Report on sanitation, dispensaries, and jails in Rajputana for 1913, and on vaccination for the year 1913-1914 - 1913-1914
Year: 1913
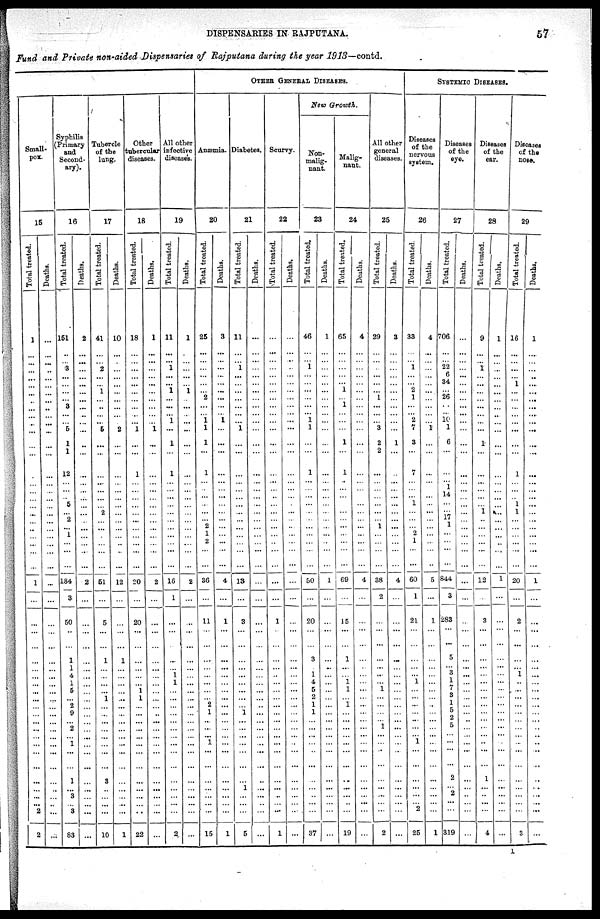
DISPENSARIES IN RAJPUTANA.
57
Fund and Private non-aided Dispensaries of Rajputana during the year 1913—contd.
Small¬
pox
15
Total treated.
1
...
...
...
... ...
...
...
...
...
...
...
...
...
...
... ...
...
...
...
...
...
...
...
...
...
1
...
...
...
...
...
...
...
...
...
...
...
...
...
...
...
...
...
...
...
...
...
...
2
2
Deaths.
...
...
...
..
... ...
...
...
...
...
...
...
...
...
...
... ...
...
...
...
...
...
...
...
...
...
...
...
...
...
...
...
...
...
...
...
...
...
...
...
...
...
...
...
...
...
...
...
...
...
...
Syphilis
(Primary
and
Second-
ary).
16
Total treated.
151
...
... 3
... ...
...
...
3
...
...
5
1
1
12
... ...
...
5
...
2
...
1
...
...
...
184
3
50
...
...
1
1
4
1
5
...
2
9
...
2
...
1
...
...
1
...
3
...
3
83
Deaths.
2
...
...
...
... ...
...
...
...
...
...
...
...
...
...
... ...
...
...
...
...
...
...
...
...
...
2
...
...
...
...
...
...
...
...
...
...
...
...
...
...
...
...
...
...
...
...
...
...
...
...
Tubercle
of the
lung.
17
Total treated.
41
...
... 2
... ... 1
...
...
...
...
5
...
...
...
... ...
...
...
2
...
...
...
...
...
...
51
...
5
...
...
1
...
...
...
...
1
...
...
...
...
...
...
...
...
3
...
...
...
...
10
Deaths.
10
...
...
...
... ...
...
...
...
...
...
2
...
...
...
... ...
...
...
...
...
...
...
...
...
...
12
...
...
...
...
1
...
...
...
...
...
...
...
...
...
... ...
...
...
...
...
...
...
...
1
Other
tubercular
diseases.
18
Total treated.
18
...
...
...
... ...
...
...
...
...
...
1
...
...
1
... ...
...
...
...
...
...
...
...
...
...
20
...
20
...
...
...
...
...
... 1
1
...
...
...
...
...
...
...
...
...
...
...
...
...
22
Deaths.
1
...
...
...
... ...
...
...
...
...
...
1
...
...
...
... ...
...
...
...
...
...
...
...
...
...
2
...
...
...
...
...
...
...
...
...
...
...
...
...
...
...
...
...
...
...
...
...
...
...
...
All other
infective
diseases.
19
Total treated.
11
...
... 1
... ...
1
...
...
... 1
...
1
...
1
... ...
...
...
...
...
...
...
...
...
...
16
1
...
...
...
...
... 1
1
...
...
...
...
...
...
... ...
...
...
...
...
...
...
...
2
Deaths.
1
...
...
...
... ... 1
...
...
...
...
...
...
...
...
... ...
...
...
...
...
...
...
...
...
...
2
...
...
...
...
...
...
...
...
...
...
...
...
...
...
... ...
...
...
...
...
...
...
...
...
OTHER GENERAL DISEASES
Anæmia.
20
Total treated.
25
...
...
...
... ...
... 2
...
... 1
1
1
...
1
... ...
...
...
...
...
2
1
2
...
...
36
...
11
...
...
...
...
...
...
...
...
2
1
...
...
... 1
...
...
...
...
...
...
...
15
Deaths.
3
...
...
...
... ...
...
...
...
... 1
...
...
...
...
... ...
...
...
...
...
...
...
...
...
...
4
...
1
...
...
...
...
...
...
...
...
...
...
...
...
... ...
...
...
...
...
...
...
...
1
Diabetes.
21
Total treated.
11
...
... 1
... ...
...
...
...
...
...
1
...
...
...
... ...
...
...
...
...
...
...
...
...
...
13
...
3
...
...
...
... ...
...
...
...
...
1
...
...
...
...
...
...
...
1
...
...
...
5
Deaths.
...
...
...
...
... ...
...
...
...
...
...
...
...
...
...
... ...
...
...
...
...
...
...
...
...
...
...
...
...
...
...
...
...
...
...
...
...
...
...
...
...
...
...
...
...
...
...
...
..
...
...
Scurvy.
22
Total treated.
...
...
...
...
... ...
...
...
...
...
...
...
...
...
...
... ...
...
...
...
...
...
...
...
...
...
...
...
1
...
...
...
...
...
...
...
...
...
...
...
...
...
...
...
...
...
...
..
...
...
1
Deaths.
...
...
...
...
... ...
...
...
...
...
...
...
...
...
...
... ...
...
...
...
...
...
...
...
...
...
...
...
...
...
...
...
...
...
...
...
...
...
...
...
...
...
...
...
...
...
...
...
...
...
...
New Growth.
Non¬
malig¬
nant.
23
Total treated.
46
...
...
1
... ...
...
...
...
...
1
1
...
...
1
... ...
...
...
...
...
...
...
...
...
...
50
...
20
...
...
3
... 1
4
5
2
1
1
...
...
...
...
...
...
...
...
...
...
...
37
Deaths.
1
...
...
...
... ...
...
...
...
...
...
...
...
...
...
... ...
...
...
...
...
...
...
...
...
...
1
...
...
...
...
...
...
...
...
...
...
...
...
...
...
...
...
...
...
...
...
...
...
...
...
Malig-
nant.
24
Total treated.
65
...
...
...
... ...
1
... 1
...
...
...
1
...
1
... ...
...
...
...
...
...
...
...
...
...
69
...
15
...
...
1
...
...
1
1
...
1
...
...
...
... ...
...
...
...
...
...
...
...
19
Deaths.
4
...
...
...
... ...
...
...
...
...
...
...
...
...
...
... ...
...
...
...
...
...
...
...
...
...
4
...
...
...
...
...
...
...
...
...
...
...
...
...
...
...
...
...
...
...
...
...
...
...
...
All other
general
diseases.
25
Total treated.
29
...
...
...
... ...
... 1
...
...
... 3
2
2
...
... ...
...
...
...
...
1
...
...
...
...
38
2
...
...
...
...
...
...
...
1
...
...
...
... 1
...
...
...
...
...
...
...
...
...
2
Deaths.
3
...
...
...
... ...
...
...
...
...
...
...
1
...
...
... ...
...
...
...
...
...
...
...
...
...
4
...
...
...
...
...
...
...
...
...
...
...
...
...
...
...
...
...
...
...
...
...
...
...
...
SYSTEMIC DISEASES.
Diseases
of the
nervous
system.
26
Total treated.
33
...
... 1
... ... 2
1
...
... 2
7
3
...
7
... ...
...
1
...
...
...
2
1
...
...
60
1
21
...
...
...
... ...
1
...
...
...
...
...
...
... 1
...
...
...
...
...
...
2
25
Deaths.
4
...
...
...
... ...
...
...
...
...
... 1
...
...
...
... ......
...
...
...
...
...
...
...
...
...
5
...
1
...
...
...
...
...
...
...
...
...
...
...
...
...
...
...
...
...
...
...
...
...
1
Diseases
of the
eye.
27
Total treated.
706
...
... 22
6
34
... 26
...
...
10
1
6
...
...
... 1
14
...
...
17
1
...
...
...
...
844
3
283
...
...
5
... 3
1
7
3
1
5
2
5
...
...
...
...
2
...
...
...
...
319
Deaths.
...
...
...
...
... ...
...
...
...
...
...
...
...
...
...
... ...
...
...
...
...
...
...
...
...
...
...
...
...
...
...
...
...
...
...
...
...
...
...
...
...
... ...
...
...
...
...
...
...
...
...
Diseases
of the
ear.
28
Total treated.
9
...
... 1
... ...
...
...
...
...
...
...
1
...
...
... ...
...
...
1
...
...
...
...
...
...
12
...
3
...
...
...
...
...
...
...
...
...
...
...
...
...
...
...
...
1
...
...
...
...
4
Deaths.
1
...
...
...
... ...
...
...
...
...
...
...
...
...
...
... ...
...
...
...
...
...
...
...
...
...
1
...
...
...
...
...
...
...
...
...
...
...
...
...
...
...
...
...
...
...
...
...
...
...
...
Diseases
of the
nose.
29
Total treated.
16
...
...
...
... 1
...
...
...
...
...
...
...
...
1
... ...
...
1
1
...
...
...
...
...
...
20
...
2
...
...
...
... 1
..
...
...
...
...
...
...
... ...
...
...
...
...
...
...
...
3
Deaths.
1
...
...
...
... ...
...
...
...
...
...
...
...
...
...
... ...
...
...
...
...
...
...
...
...
...
1
...
...
...
...
...
...
...
...
...
...
...
...
...
...
...
..
...
...
...
...
...
...
...
...
1